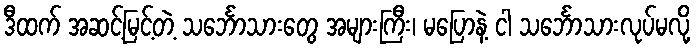
ဒီထက် အဆင့်မြင့်တဲ့ သင်္ဘောသားတွေ အများကြီး၊ မပြောနဲ့ ငါ သင်္ဘောသားလုပ်မလို့